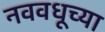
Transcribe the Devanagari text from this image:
नववधूच्या